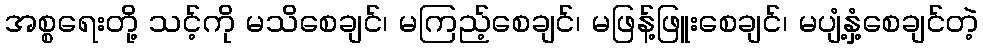
အစ္စရေးတို့ သင့်ကို မသိစေချင်၊ မကြည့်စေချင်၊ မဖြန့်ဖြူးစေချင်၊ မပျံ့နှံ့စေချင်တဲ့